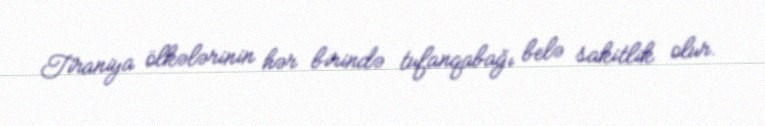
Tiraniya ölkələrinin hər birində tufanqabağı belə sakitlik olur.